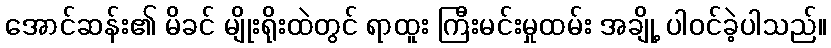
အောင်ဆန်း၏ မိခင် မျိုးရိုးထဲတွင် ရာထူး ကြီးမင်းမှုထမ်း အချို့ ပါဝင်ခဲ့ပါသည်။